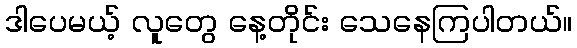
ဒါပေမယ့် လူတွေ နေ့တိုင်း သေနေကြပါတယ်။